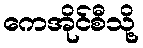
ကေအိုင်စီသို့